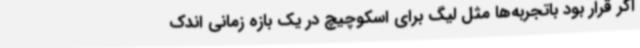
اگر قرار بود باتجربه‌ها مثل لیگ برای اسکوچیچ در یک بازه زمانی اندک